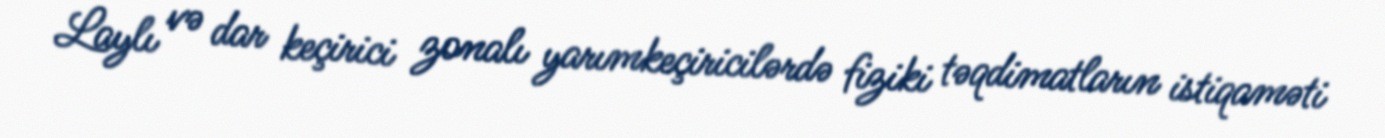
Laylı və dar keçirici zonalı yarımkeçiricilərdə fiziki təqdimatların istiqaməti